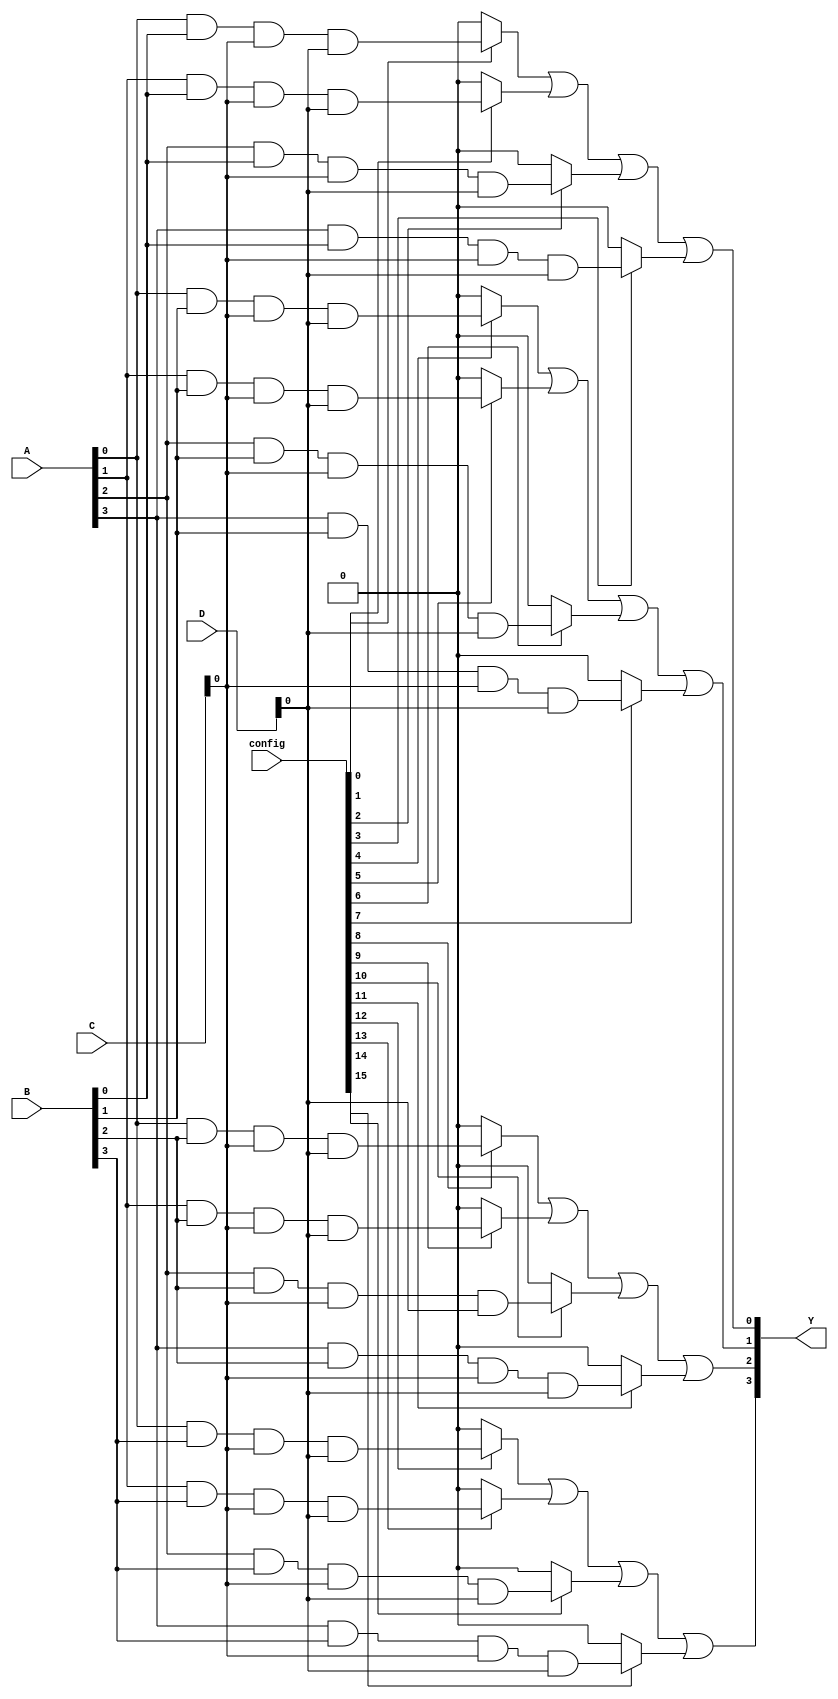
module flash_programmable_pal (
    input wire [3:0] A,          // Input lines (A, B, C, D)
    input wire [3:0] B,
    input wire [3:0] C,
    input wire [3:0] D,
    input wire [15:0] config,    // Configuration input for AND gates
    output wire [3:0] Y          // Output lines (Y1, Y2, Y3, Y4)
);

// Internal signals for AND gates
wire [15:0] and_outputs;

// Programmable AND array
generate
    genvar i;
    for (i = 0; i < 16; i = i + 1) begin : and_gate
        assign and_outputs[i] = (config[i] == 1'b1) ? (A[i % 4] & B[(i / 4) % 4] & C[(i / 16) % 4] & D[(i / 64) % 4]) : 1'b0;
    end
endgenerate

// Fixed OR array
assign Y[0] = and_outputs[0] | and_outputs[1] | and_outputs[2] | and_outputs[3];
assign Y[1] = and_outputs[4] | and_outputs[5] | and_outputs[6] | and_outputs[7];
assign Y[2] = and_outputs[8] | and_outputs[9] | and_outputs[10] | and_outputs[11];
assign Y[3] = and_outputs[12] | and_outputs[13] | and_outputs[14] | and_outputs[15];

endmodule